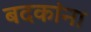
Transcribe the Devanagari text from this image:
बदकांना